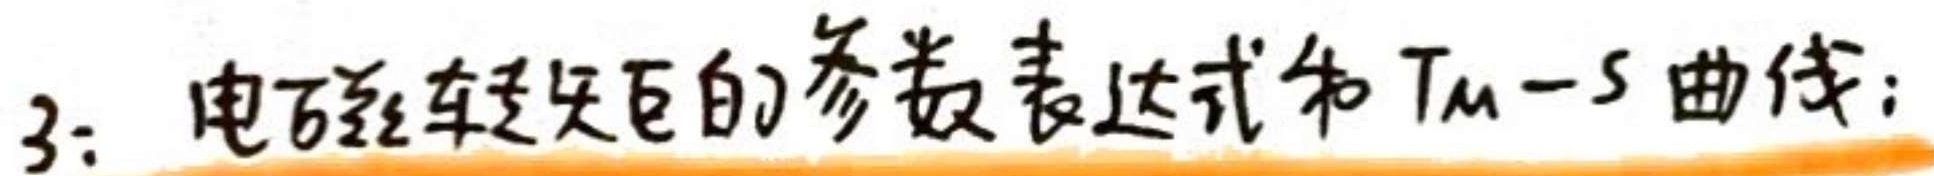
3. 电磁转矩矢量的参数表达式和$T_m - s$曲线：